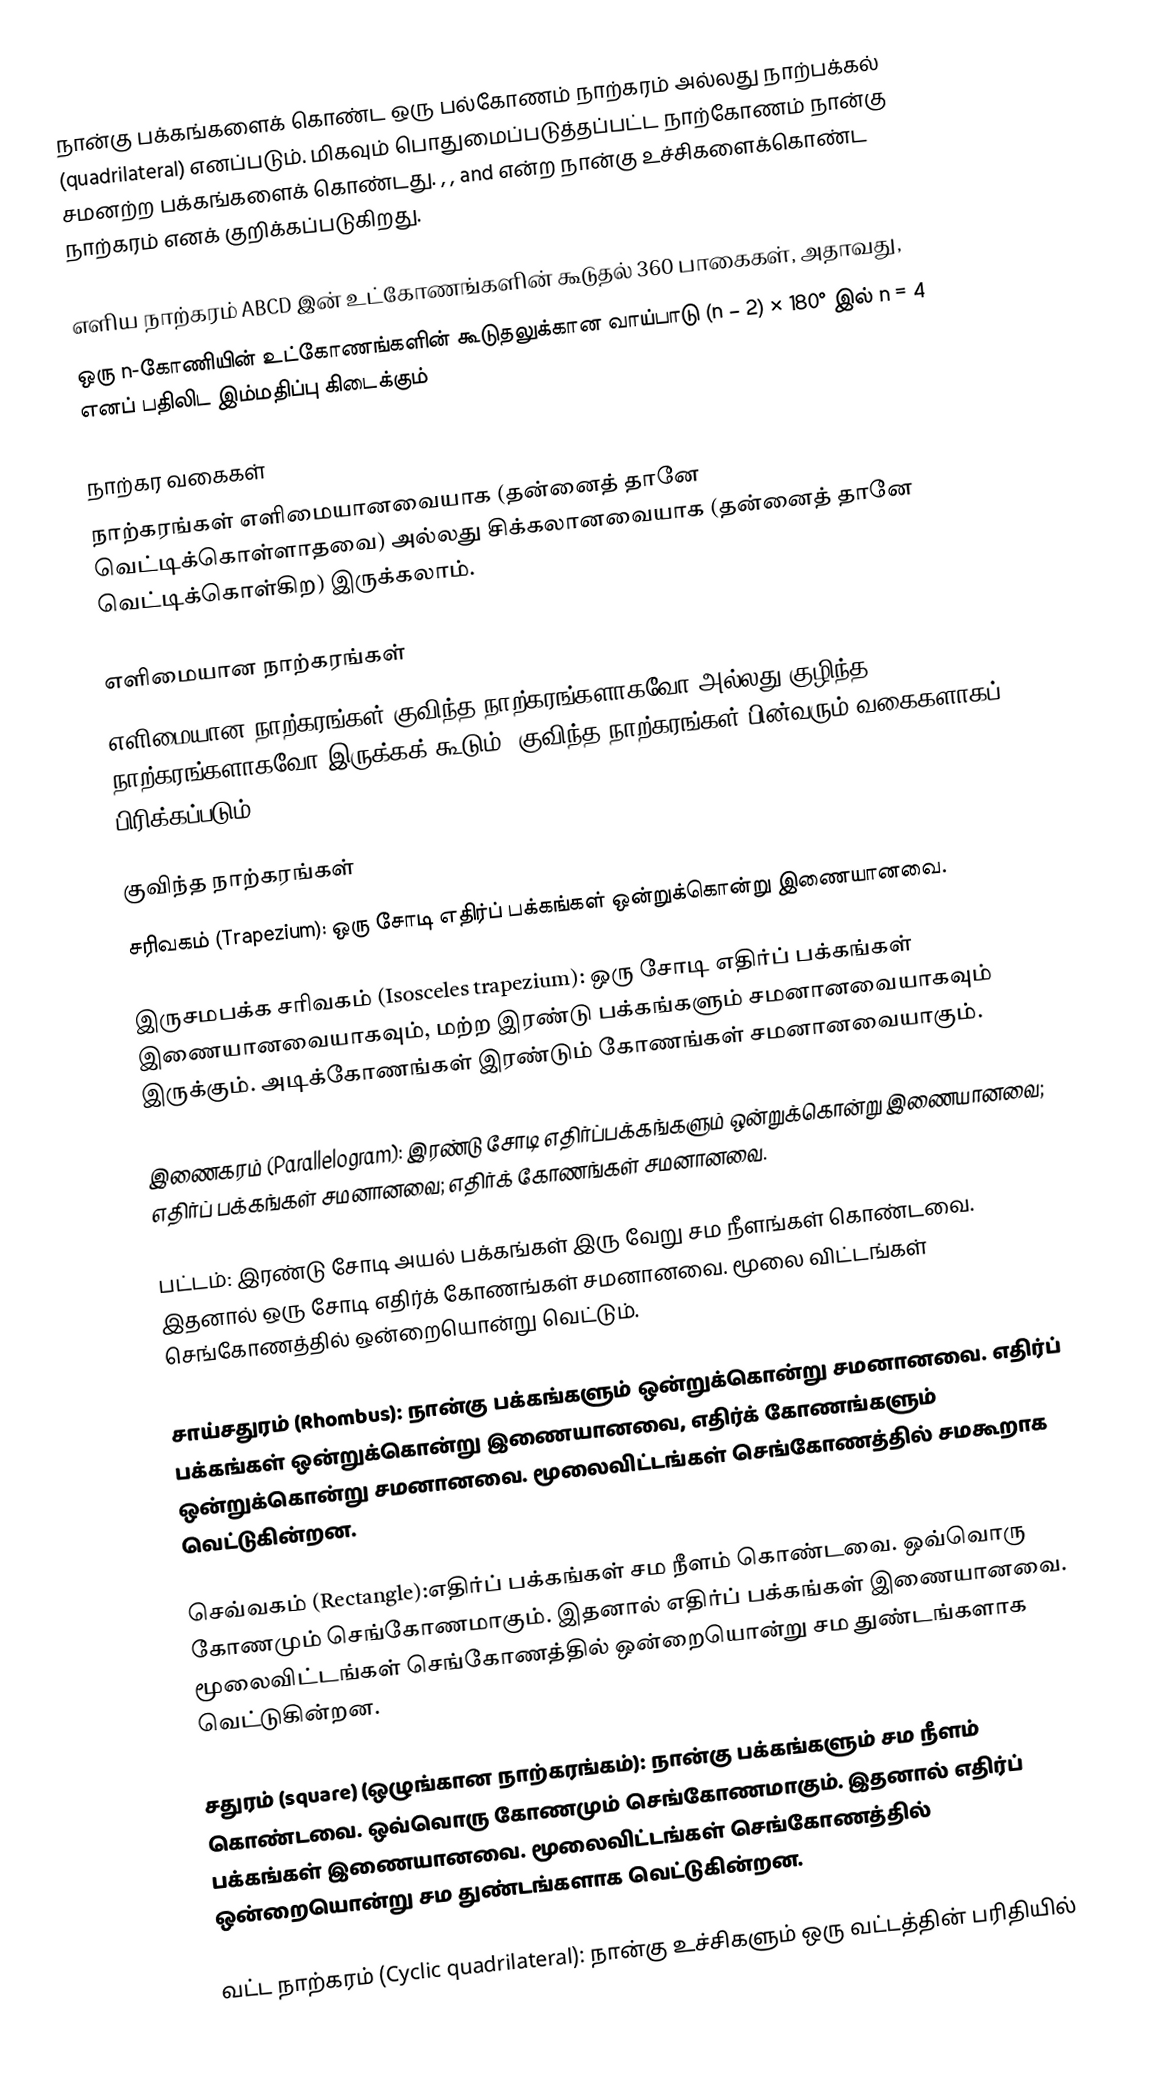
நான்கு பக்கங்களைக் கொண்ட ஒரு பல்கோணம் நாற்கரம் அல்லது நாற்பக்கல் (quadrilateral) எனப்படும். மிகவும் பொதுமைப்படுத்தப்பட்ட நாற்கோணம் நான்கு சமனற்ற பக்கங்களைக் கொண்டது.  , ,  and  என்ற நான்கு உச்சிகளைக்கொண்ட நாற்கரம்  எனக் குறிக்கப்படுகிறது.

எளிய நாற்கரம்  ABCD இன் உட்கோணங்களின் கூடுதல் 360 பாகைகள், அதாவது,
 ஒரு n-கோணியின் உட்கோணங்களின் கூடுதலுக்கான வாய்பாடு (n − 2) × 180° இல் n = 4 எனப் பதிலிட இம்மதிப்பு கிடைக்கும்

நாற்கர வகைகள்
நாற்கரங்கள் எளிமையானவையாக (தன்னைத் தானே வெட்டிக்கொள்ளாதவை) அல்லது சிக்கலானவையாக (தன்னைத் தானே வெட்டிக்கொள்கிற) இருக்கலாம்.

எளிமையான நாற்கரங்கள்
எளிமையான நாற்கரங்கள் குவிந்த நாற்கரங்களாகவோ அல்லது குழிந்த நாற்கரங்களாகவோ இருக்கக் கூடும். குவிந்த நாற்கரங்கள் பின்வரும் வகைகளாகப் பிரிக்கப்படும்:

குவிந்த நாற்கரங்கள்
 சரிவகம் (Trapezium): ஒரு சோடி எதிர்ப் பக்கங்கள் ஒன்றுக்கொன்று இணையானவை.

 இருசமபக்க சரிவகம் (Isosceles trapezium): ஒரு சோடி எதிர்ப் பக்கங்கள் இணையானவையாகவும், மற்ற இரண்டு பக்கங்களும் சமனானவையாகவும் இருக்கும். அடிக்கோணங்கள் இரண்டும் கோணங்கள் சமனானவையாகும்.

 இணைகரம் (Parallelogram): இரண்டு சோடி எதிர்ப்பக்கங்களும் ஒன்றுக்கொன்று இணையானவை; எதிர்ப் பக்கங்கள் சமனானவை; எதிர்க் கோணங்கள் சமனானவை.

 பட்டம்: இரண்டு சோடி அயல் பக்கங்கள் இரு வேறு சம நீளங்கள் கொண்டவை. இதனால் ஒரு சோடி எதிர்க் கோணங்கள் சமனானவை. மூலை விட்டங்கள் செங்கோணத்தில் ஒன்றையொன்று வெட்டும்.

 சாய்சதுரம் (Rhombus): நான்கு பக்கங்களும் ஒன்றுக்கொன்று சமனானவை. எதிர்ப் பக்கங்கள் ஒன்றுக்கொன்று இணையானவை, எதிர்க் கோணங்களும் ஒன்றுக்கொன்று சமனானவை. மூலைவிட்டங்கள் செங்கோணத்தில் சமகூறாக வெட்டுகின்றன.

 செவ்வகம் (Rectangle):எதிர்ப் பக்கங்கள் சம நீளம் கொண்டவை. ஒவ்வொரு கோணமும் செங்கோணமாகும். இதனால் எதிர்ப் பக்கங்கள் இணையானவை. மூலைவிட்டங்கள் செங்கோணத்தில் ஒன்றையொன்று சம துண்டங்களாக வெட்டுகின்றன.

 சதுரம் (square) (ஒழுங்கான நாற்கரங்கம்): நான்கு பக்கங்களும் சம நீளம் கொண்டவை. ஒவ்வொரு கோணமும் செங்கோணமாகும். இதனால் எதிர்ப் பக்கங்கள் இணையானவை. மூலைவிட்டங்கள் செங்கோணத்தில் ஒன்றையொன்று சம துண்டங்களாக வெட்டுகின்றன.

 வட்ட நாற்கரம் (Cyclic quadrilateral): நான்கு உச்சிகளும் ஒரு வட்டத்தின் பரிதியில்